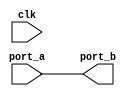
module ALW_NR_OPSL(clk, port_a, port_b); 
   input clk; 
   input port_a; 
   output port_b; 
   reg port_b; 
   always @(clk || port_a)   
   begin     
      port_b <= port_a;   
   end
endmodule